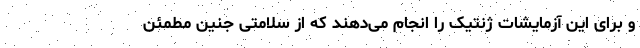
و برای این آزمایشات ژنتیک را انجام می‌دهند که از سلامتی جنین مطمئن